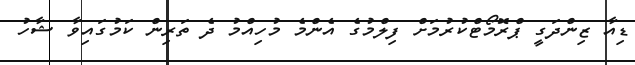
ޑިއާ ޒިންދަގީ ޕްރޮމޯޓްކުރުމަށް ފިލްމުގެ އެންމެ މުހިއްމު ދެ ތަރިން ކަމުގައިވާ ޝާހު